Eesti_Vabariigi_Tartu_Ulikool, lk 191
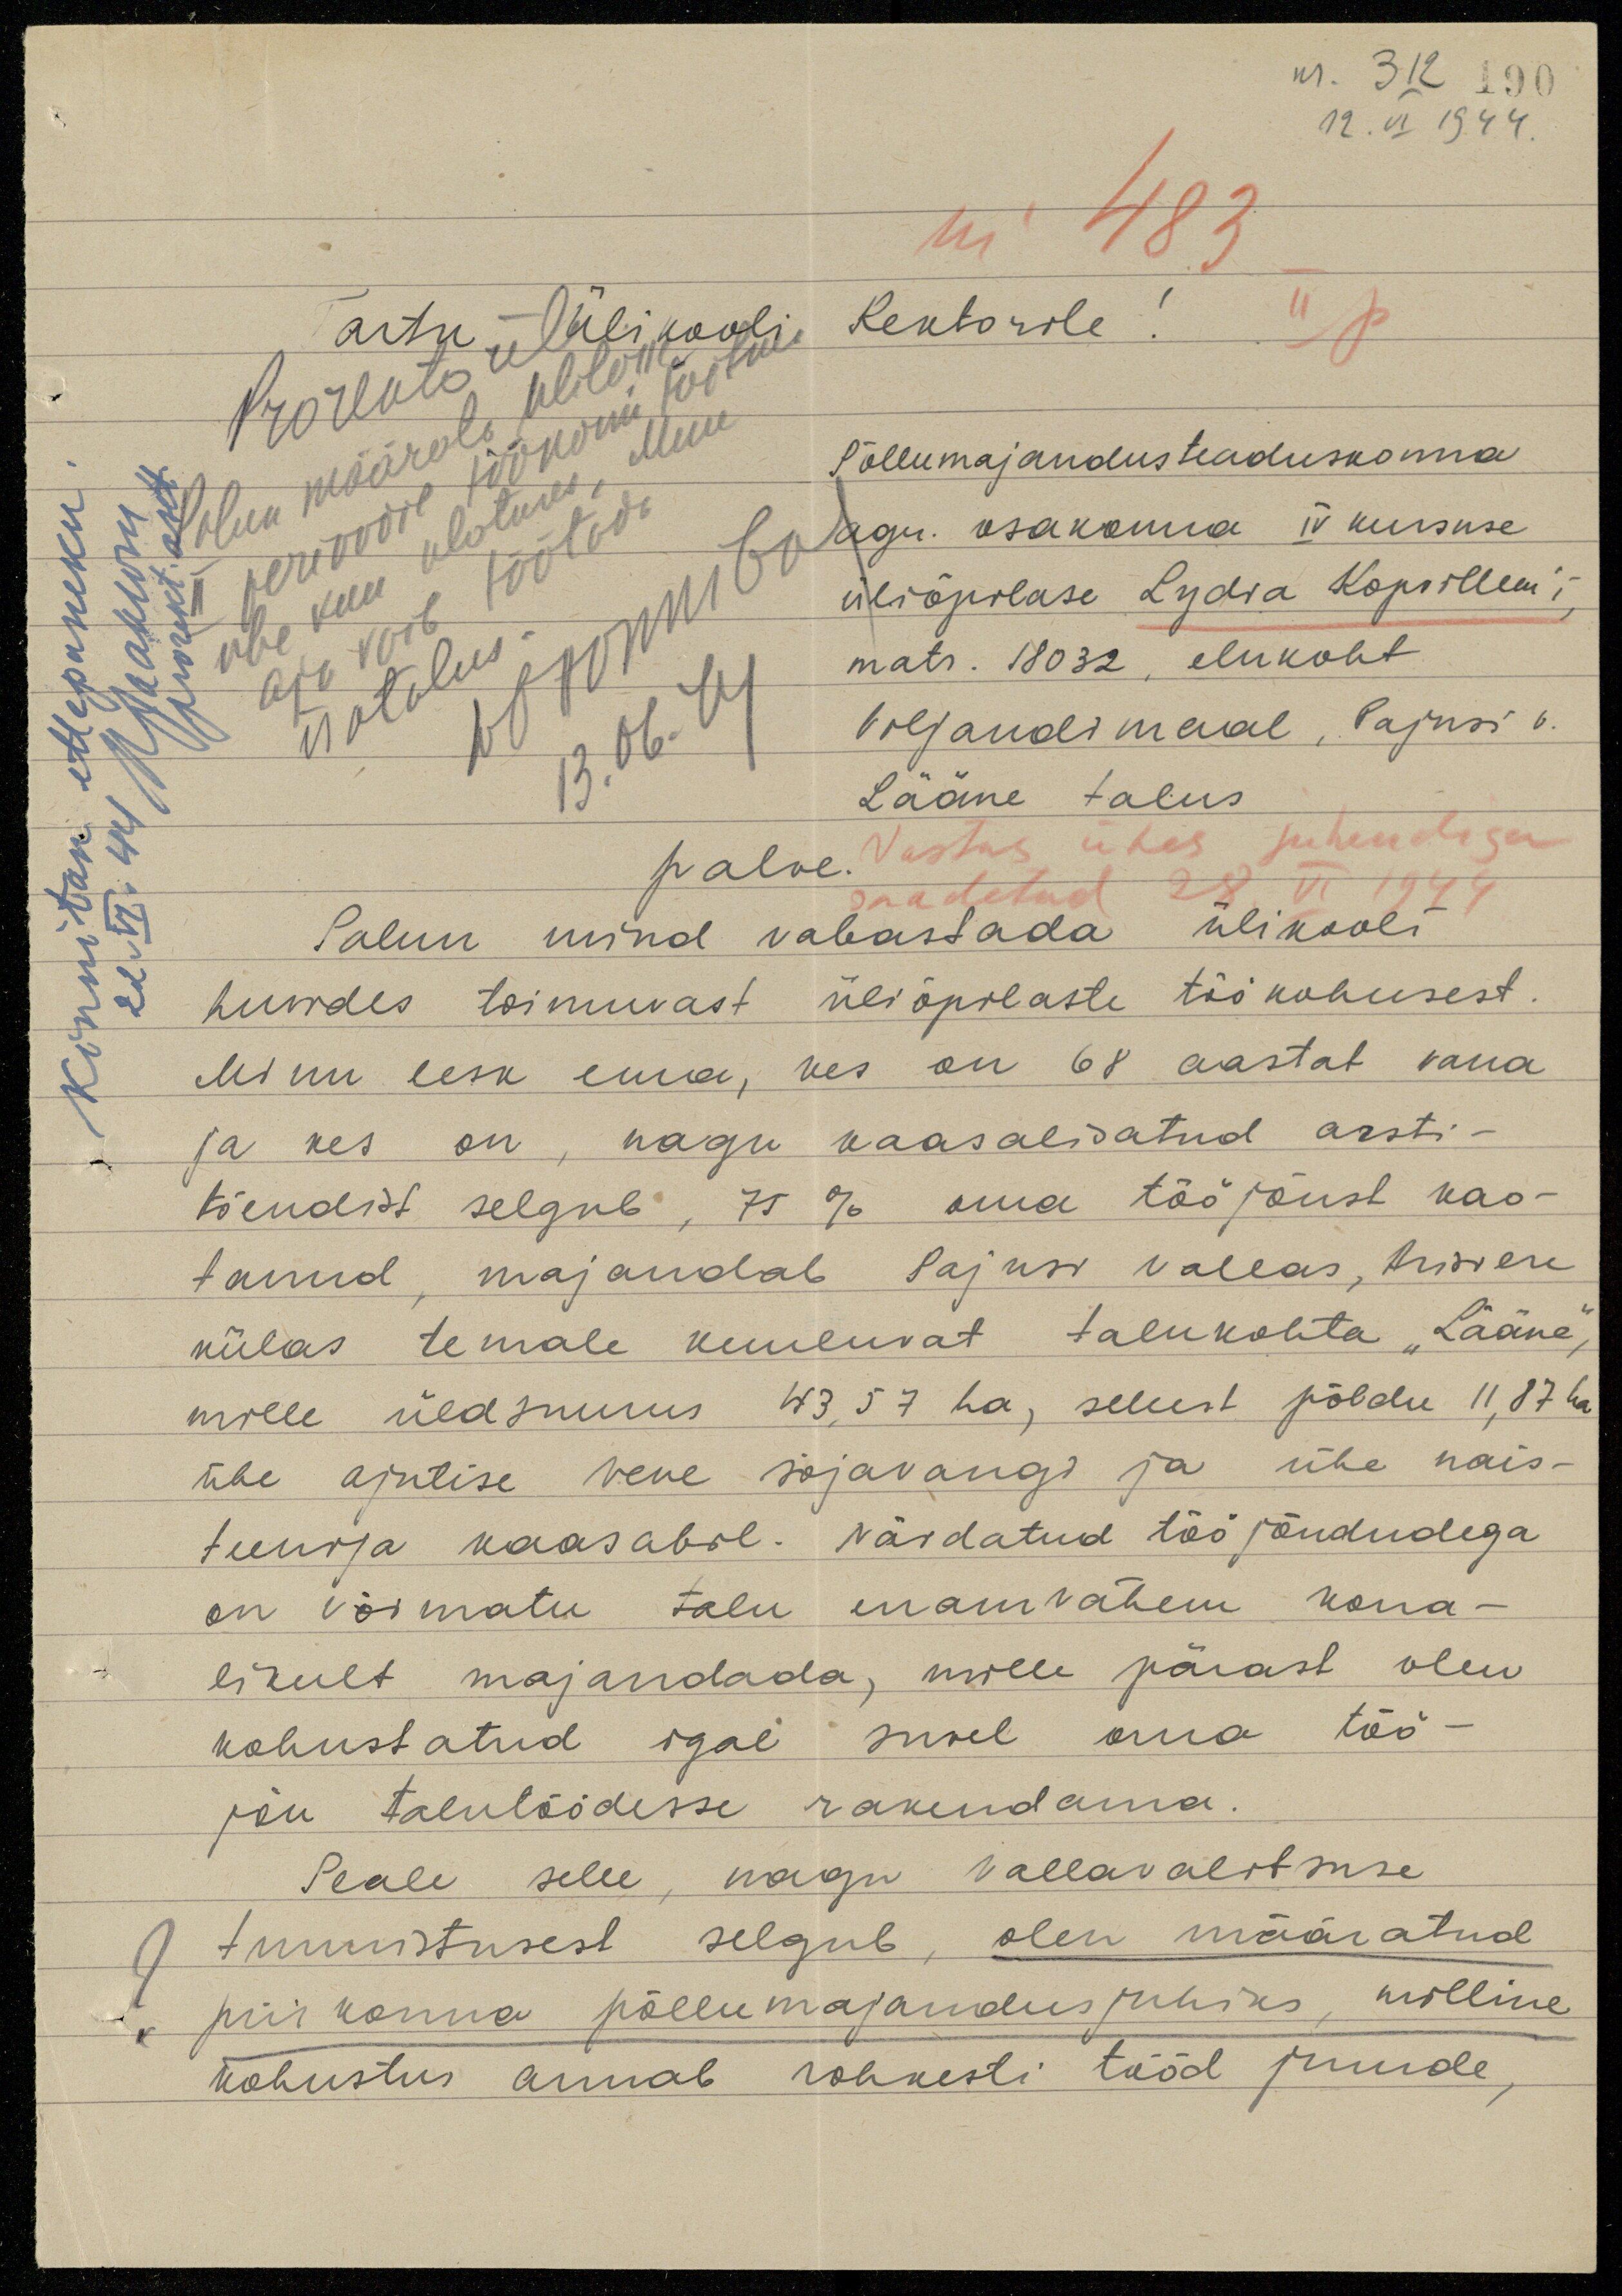
nr. 312 190
12.VI 1944.
nr 483
Rektorile! II p
Tartu Ülikooli
Prorektorile
Põllumajandusteaduskonna
Palun määrata ulilom
perioodil töönormi toitm
ühe kuu ulatuses, Muu
aja võib töötada
13.06.44
Kinnitan ettepaneku
22.VI.44 M.Jaakson
prorektori aset
agr osakonna IV kursuse
üliõpilase Lydia Kopvillem´i
isatalus.
matr. 18032, elukoht
Viljandimaal, Pajusi v.
Lääne talus
palve. Vastus ühes juhendiga
saadetud 28. VI 1944
Palun mind vabastada ülikooli
huvides toimuvast üliõpilaste töökohusest.
Minu lesk ema, kes on 68 aastat vana
ja kes on, nagu kaasalisatud arsti-
tõendist selgub, 75 % oma tööjõust kao-
tanud, majandab Pajusi vallas, Arisvere
külas temale kuuluvat talukohta "Lääne",
mille üldsuurus 43,57 ha, sellest põldu 11,87 ha.
ühe ajutise vene sõjavangi ja ühe nais-
teenija kaasabil. Näidatud tööjõududega
on võimatu talu enamvähem korra-
likult majandada, mille pärast olen
kohustatud igal suvel oma töö-
jõu talulöödesse rakendama.
Peale selle, nagu vallavalitsuse
tunnistusest selgub, olen määratud
piirkonna põllumajandusjuhiks, milline
kohustus annab rohkesti tööd juurde,